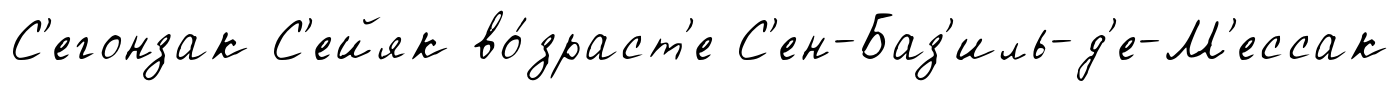
С'егонзак С'ейяк во́зраст'е С'ен-Баз'иль-д'е-М'ессак